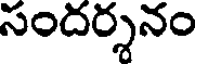
సందర్శనం